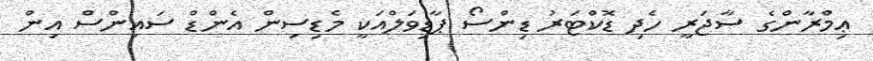
ޢިމްރާންގެ ސާޖަރީ ހެދި ޑޮކްޓަރު ޑިންސޯ ޕާޑިވަލްއަކީ މެޑިސިން އެންޑް ސައިންސް އިން